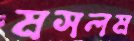
মসলম